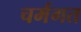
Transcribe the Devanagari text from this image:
चर्मगत